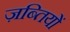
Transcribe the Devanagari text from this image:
ज़ब्तियों